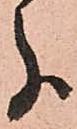
分